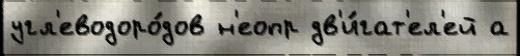
угл'еводоро́дов н'еопр дв'и́гат'ел'ей а